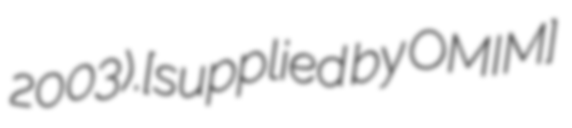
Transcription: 2003).[supplied by OMIM]